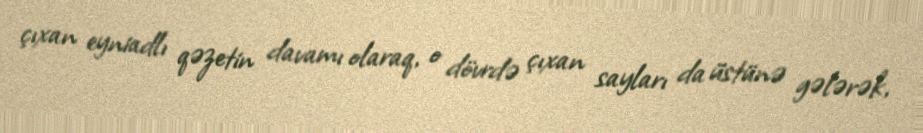
çıxan eyniadlı qəzetin davamı olaraq, o dövrdə çıxan sayları da üstünə gələrək,